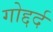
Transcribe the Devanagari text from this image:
गोद्दर्द